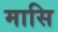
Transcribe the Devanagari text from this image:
मासि